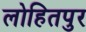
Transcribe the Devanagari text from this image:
लोहितपुर